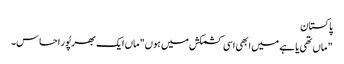
پاکستان
" ماں تھی یا ہے میں ابھی اسی کشمکش میں ہوں"ماں ایک بھرپُور احساس۔